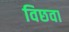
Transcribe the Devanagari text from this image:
विछवा